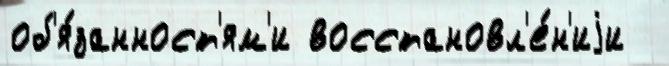
об'я́занност'ям'и восстановл'е́н'иjи